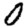
Digit: 0